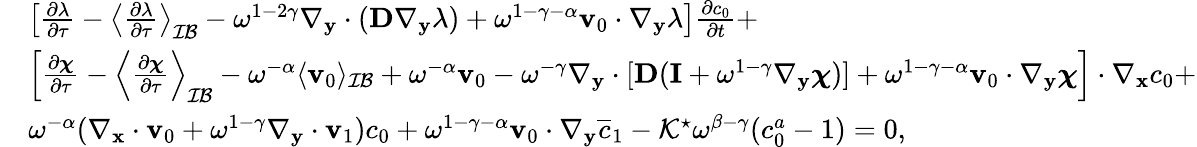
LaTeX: \begin{array}{rl}&{\left[\frac{\partial\lambda}{\partial\tau}-\left\langle\frac{\partial\lambda}{\partial\tau}\right\rangle_{\mathcal{IB}}-\omega^{1-2\gamma}\nabla_{\mathbf y}\cdot(\mathbf D\nabla_{\mathbf y}\lambda)+\omega^{1-\gamma-\alpha}\mathbf v_{0}\cdot\nabla_{\mathbf y}\lambda\right]\frac{\partial c_{0}}{\partial t}+}\\ &{\left[\frac{\partial\boldsymbol\chi}{\partial\tau}-\left\langle\frac{\partial\boldsymbol\chi}{\partial\tau}\right\rangle_{\mathcal{IB}}-\omega^{-\alpha}\langle\mathbf v_{0}\rangle_{\mathcal{IB}}+\omega^{-\alpha}\mathbf v_{0}-\omega^{-\gamma}\nabla_{\mathbf y}\cdot[\mathbf D(\mathbf I+\omega^{1-\gamma}\nabla_{\mathbf y}\boldsymbol\chi)]+\omega^{1-\gamma-\alpha}\mathbf v_{0}\cdot\nabla_{\mathbf y}\boldsymbol\chi\right]\cdot\nabla_{\mathbf x}c_{0}+}\\ &{\omega^{-\alpha}(\nabla_{\mathbf x}\cdot\mathbf v_{0}+\omega^{1-\gamma}\nabla_{\mathbf y}\cdot\mathbf v_{1})c_{0}+\omega^{1-\gamma-\alpha}\mathbf v_{0}\cdot\nabla_{\mathbf y}\overline{c}_{1}-\mathcal{K}^{\star}\omega^{\beta-\gamma}(c_{0}^{a}-1)=0,}\end{array}